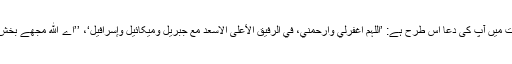
نسائی اور بیہقی کی روایات میں آپ کی دعا اس طرح ہے: ’اللّٰہم اغفرلي وارحمني، في الرفیق الأعلٰی الاسعد مع جبریل ومیکائیل وإسرافیل‘، ’’اے ﷲ مجھے بخش دے اور مجھ پر رحم کر۔